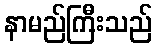
နာမည်ကြီးသည်